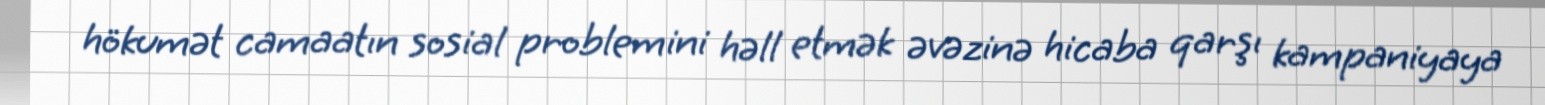
hökumət camaatın sosial problemini həll etmək əvəzinə hicaba qarşı kampaniyaya